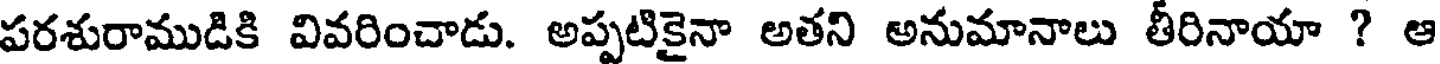
పరశురాముడికి వివరించాడు. అప్పటికైనా అతని అనుమానాలు తీరినాయా ? ఆ